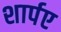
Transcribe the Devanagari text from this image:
शार्पए